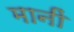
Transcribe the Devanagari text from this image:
मानीं